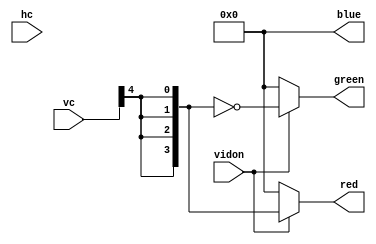
module VGA_stripes(input wire vidon,
                   input wire [10:0] hc,
                   vc,
                   output reg [3:0] red,
                   green,
                   output reg [3:0] blue);
    
    // 16wen
    
    always @(*) begin
        red   = 0;
        green = 0;
        blue  = 0;
        
        if (vidon == 1) begin
        red   = {vc[4],vc[4],vc[4],vc[4]};
        green = ~{vc[4],vc[4],vc[4],vc[4]};
        end
    end
    
endmodule // VGA_stripes